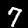
Digit: 7